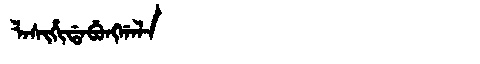
Manchu: ᠯᠠᠰᡳᡥᡳᡩᠠᠪᡠᠩᡤᠠᠯᠠ
Romanization: LASIHIDABUNGGALA